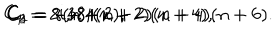
C _ { 1 } = 2 i , \hspace { 0 . 2 c m } C _ { 2 } = 8 ( n + 2 ) , \hspace { 0 . 2 c m } C _ { 3 } = - 4 8 i ( n + 2 ) ( n + 4 ) , \hspace { 0 . 2 c m } C _ { 4 } = - 3 8 4 ( n + 2 ) ( n + 4 ) ( n + 6 ) .